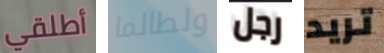
أطلقي ولطالما رجل تريد